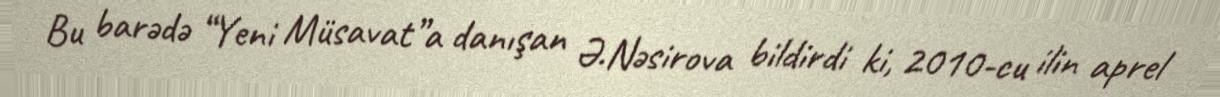
Bu barədə “Yeni Müsavat”a danışan Ə.Nəsirova bildirdi ki, 2010-cu ilin aprel